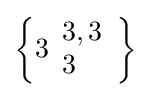
\left\{3{\begin{array}{l}3,3\\3\end{array}}\right\}